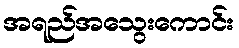
အရည်အသွေးကောင်း